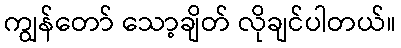
ကျွန်တော် သော့ချိတ် လိုချင်ပါတယ်။